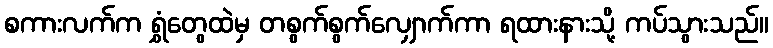
စကားလက်က ရွှံတွေထဲမှ တစွက်စွက်လျှောက်ကာ ရထားနားသို့ ကပ်သွားသည်။